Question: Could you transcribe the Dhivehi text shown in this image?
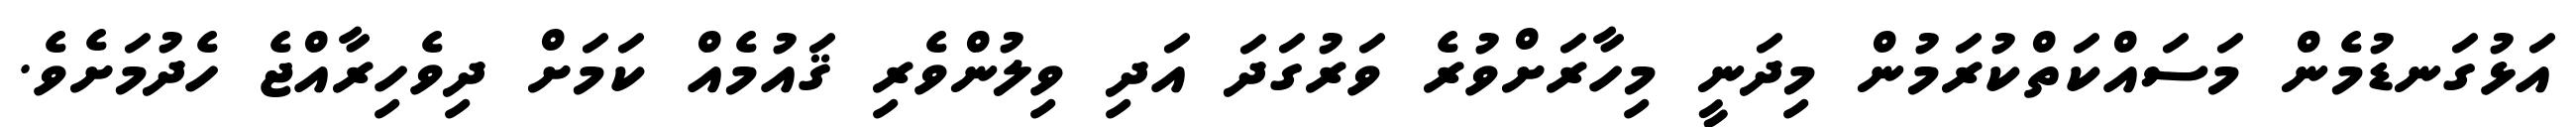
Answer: އަޅުގަނޑުމެން މަސައްކަތްކުރަމުން މިދަނީ މިހާރަށްވުރެ ވަރުގަދަ އަދި ވިލުންވެރި ޤައުމެއް ކަމަށް ދިވެހިރާއްޖެ ހެދުމަށެވެ.